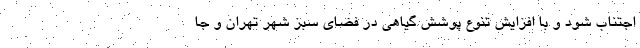
اجتناب شود و با افزایش تنوع پوشش گیاهی در فضای سبز شهر تهران و جا